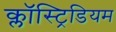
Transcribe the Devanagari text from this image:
क्लॉस्ट्रिडियम